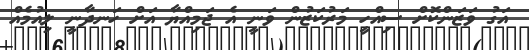
އަގު ވަޒަންކޮށް ސިއްހީ މަރުކަޒުން ވަނީ އެ ޖަމިއްޔާ އަށް ހަނދާނީ ލިއުމެއް